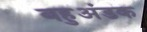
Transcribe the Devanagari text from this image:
बहुअंडक